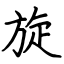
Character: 旋